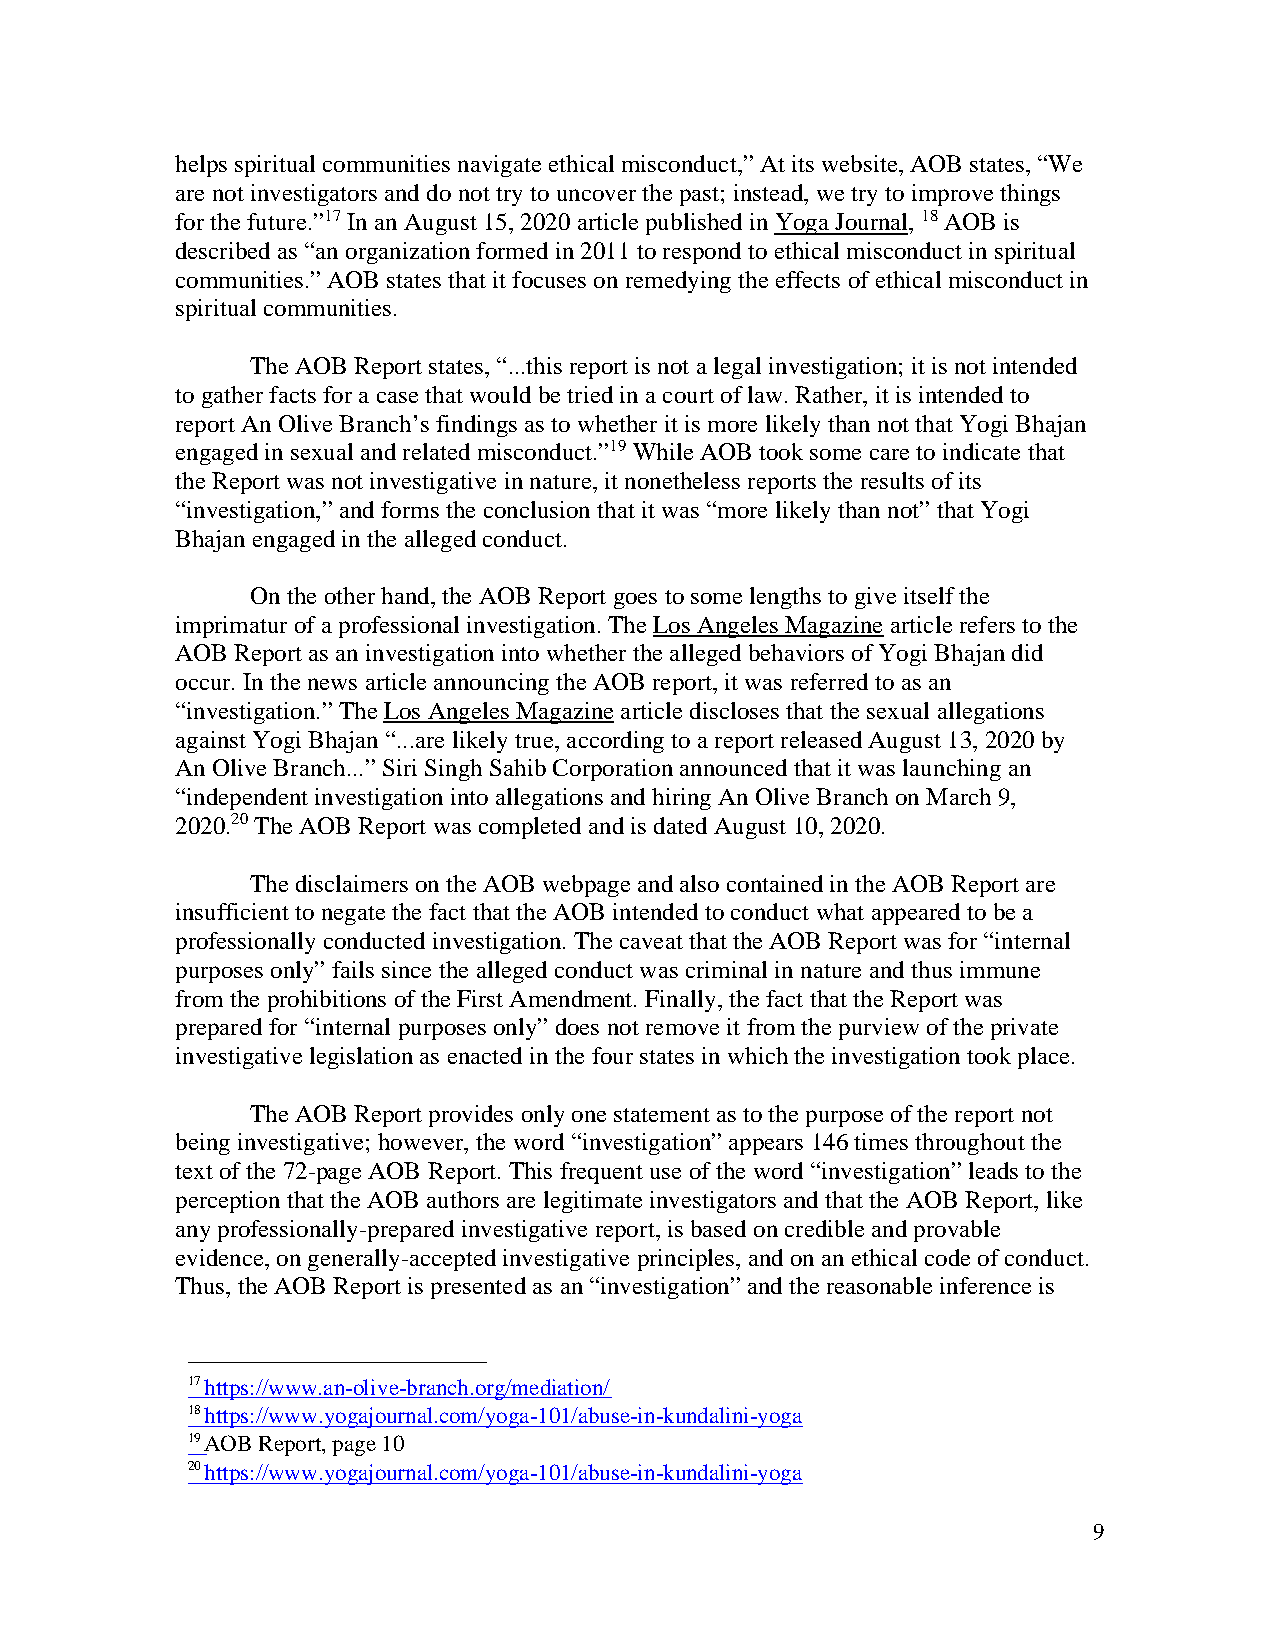
helps spiritual communities navigate ethical misconduct,” At its website, AOB states, “We
 are not investigators and do not try to uncover the past; instead, we try to improve things
 for the future.”17 In an August 15, 2020 article published in Yoga Journal, 18 AOB is
 described as “an organization formed in 2011 to respond to ethical misconduct in spiritual
 communities.” AOB states that it focuses on remedying the effects of ethical misconduct in
 spiritual communities.
 The AOB Report states, “...this report is not a legal investigation; it is not intended
 to gather facts for a case that would be tried in a court of law. Rather, it is intended to
 report An Olive Branch’s findings as to whether it is more likely than not that Yogi Bhajan
 engaged in sexual and related misconduct.”19 While AOB took some care to indicate that
 the Report was not investigative in nature, it nonetheless reports the results of its
 “investigation,” and forms the conclusion that it was “more likely than not” that Yogi
 Bhajan engaged in the alleged conduct.
 On the other hand, the AOB Report goes to some lengths to give itself the
 imprimatur of a professional investigation. The Los Angeles Magazine article refers to the
 AOB Report as an investigation into whether the alleged behaviors of Yogi Bhajan did
 occur. In the news article announcing the AOB report, it was referred to as an
 “investigation.” The Los Angeles Magazine article discloses that the sexual allegations
 against Yogi Bhajan “...are likely true, according to a report released August 13, 2020 by
 An Olive Branch...” Siri Singh Sahib Corporation announced that it was launching an
 “independent investigation into allegations and hiring An Olive Branch on March 9,
 2020.20 The AOB Report was completed and is dated August 10, 2020.
 The disclaimers on the AOB webpage and also contained in the AOB Report are
 insufficient to negate the fact that the AOB intended to conduct what appeared to be a
 professionally conducted investigation. The caveat that the AOB Report was for “internal
 purposes only” fails since the alleged conduct was criminal in nature and thus immune
 from the prohibitions of the First Amendment. Finally, the fact that the Report was
 prepared for “internal purposes only” does not remove it from the purview of the private
 investigative legislation as enacted in the four states in which the investigation took place.
 The AOB Report provides only one statement as to the purpose of the report not
 being investigative; however, the word “investigation” appears 146 times throughout the
 text of the 72-page AOB Report. This frequent use of the word “investigation” leads to the
 perception that the AOB authors are legitimate investigators and that the AOB Report, like
 any professionally-prepared investigative report, is based on credible and provable
 evidence, on generally-accepted investigative principles, and on an ethical code of conduct.
 Thus, the AOB Report is presented as an “investigation” and the reasonable inference is
 17 https://www.an-olive-branch.org/mediation/
 18 https://www.yogajournal.com/yoga-101/abuse-in-kundalini-yoga
 19 AOB Report, page 10
 20 https://www.yogajournal.com/yoga-101/abuse-in-kundalini-yoga
 9